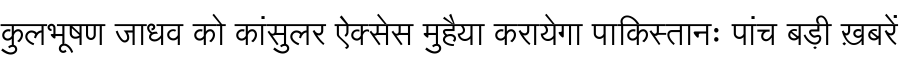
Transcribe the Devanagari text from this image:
कुलभूषण जाधव को कांसुलर ऐक्सेस मुहैया करायेगा पाकिस्तानः पांच बड़ी ख़बरें